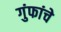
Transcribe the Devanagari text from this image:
गुंफांचे